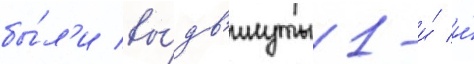
бы́л'и вы́дв'инуты 1-и́ и́